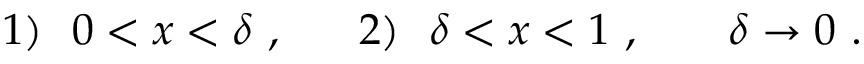
1 ) \ \ 0 < x < \delta ~ , \ \ \ \ \ 2 ) \ \ \delta < x < 1 ~ , \; \; \; \; \; \; \; \delta \rightarrow 0 ~ .